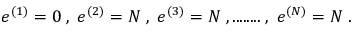
e ^ { ( 1 ) } = 0 \; , \; e ^ { ( 2 ) } = N \; , \; e ^ { ( 3 ) } = N \; , . . . . . . . . \; , \; e ^ { ( N ) } = N \; .